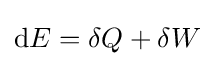
\mathrm {d} E=\delta Q+\delta W